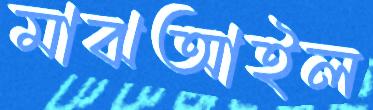
মাঝআইল